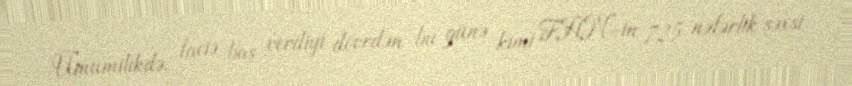
Ümumilikdə, faciə baş verdiyi dövrdən bu günə kimi FHN-in 725 nəfərlik şəxsi